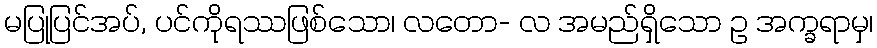
မပြုပြင်အပ်, ပင်ကိုရဿဖြစ်သော၊ လတော- လ အမည်ရှိသော ဥ အက္ခရာမှ၊